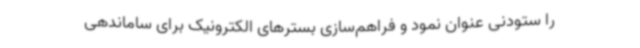
را ستودنی عنوان نمود و فراهم‌سازی بسترهای الکترونیک برای ساماندهی